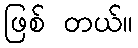
ဖြစ် တယ်။